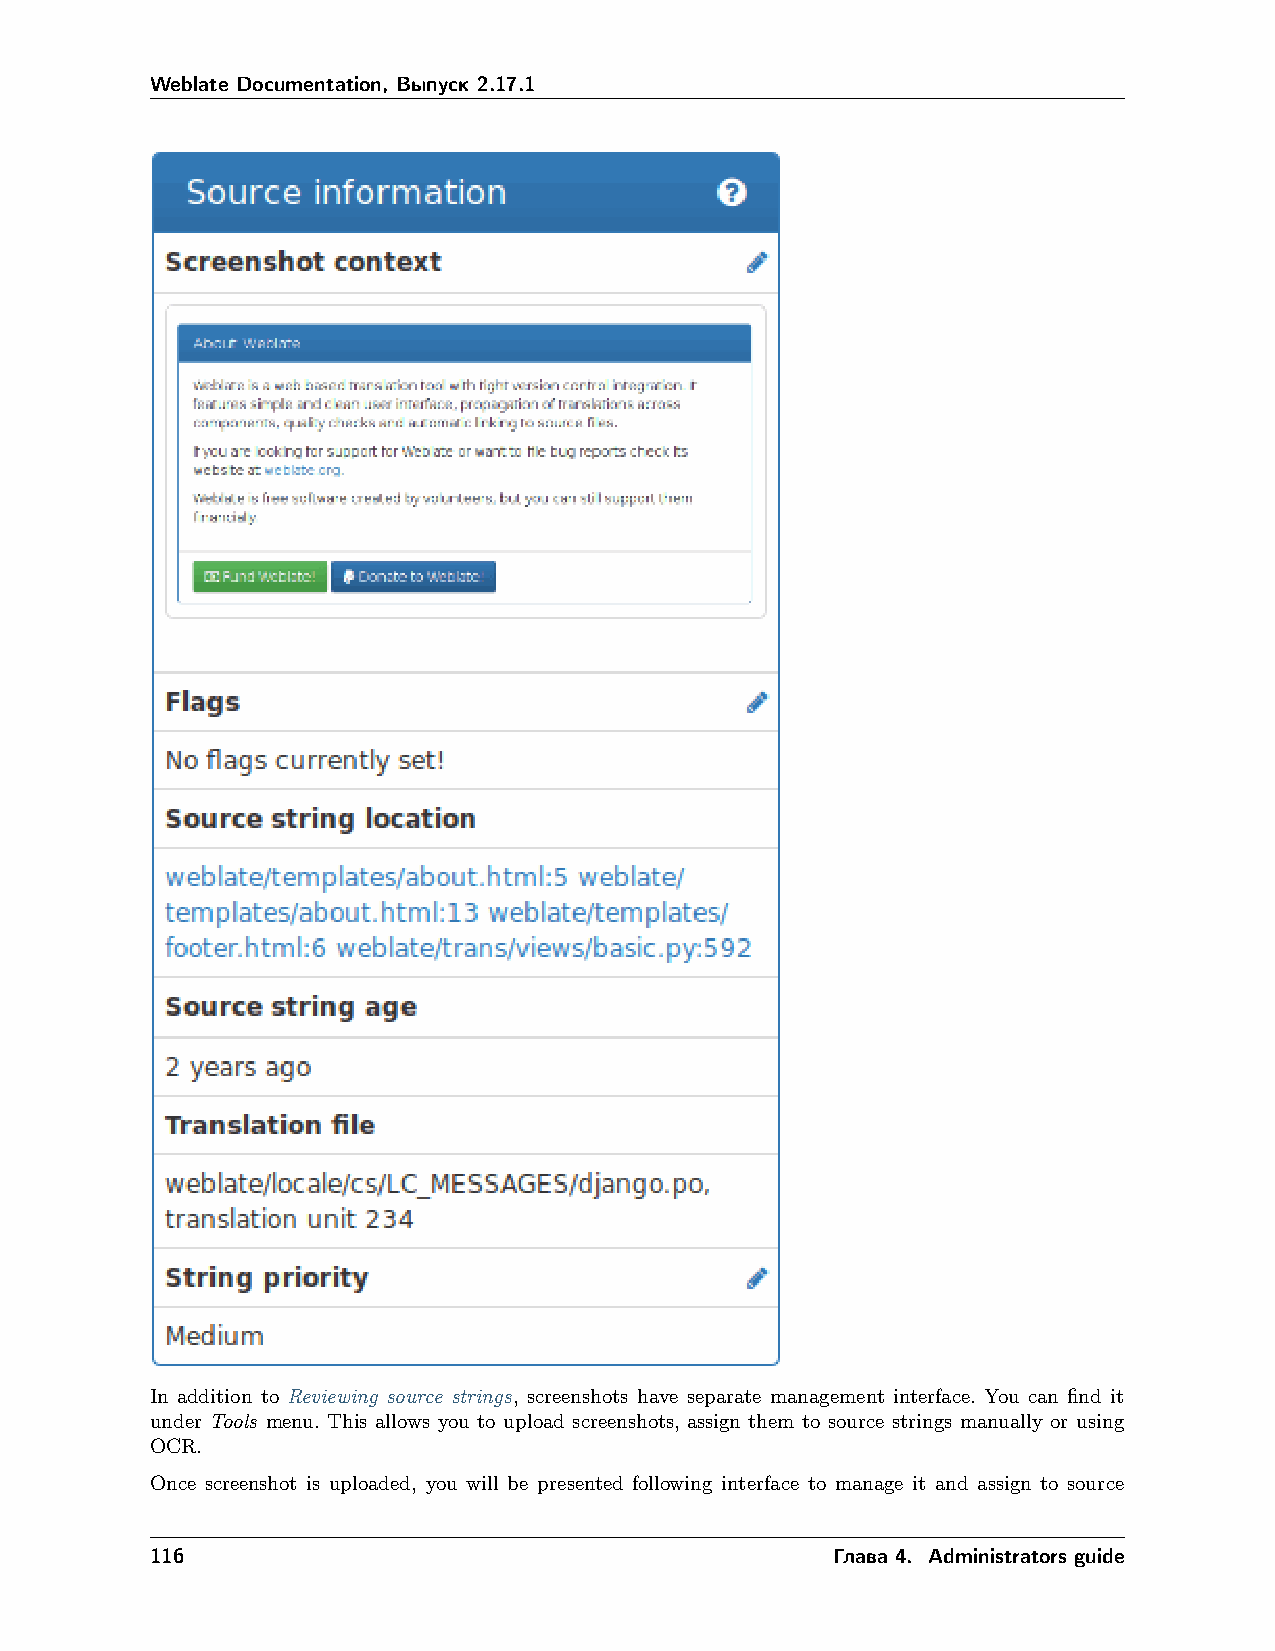
Weblate Documentation, Выпуск 2.17.1
 In addition to Reviewing source strings, screenshots have separate management interface. You can find it
 under Tools menu. This allows you to upload screenshots, assign them to source strings manually or using
 OCR.
 Once screenshot is uploaded, you will be presented following interface to manage it and assign to source
 116                                          Глава 4. Administrators guide